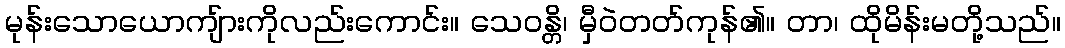
မုန်းသောယောကျ်ားကိုလည်းကောင်း။ သေဝန္တိ၊ မှီဝဲတတ်ကုန်၏။ တာ၊ ထိုမိန်းမတို့သည်။